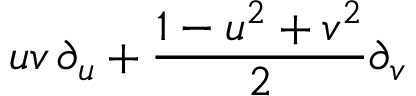
u v \, \partial _ { u } + { \frac { 1 - u ^ { 2 } + v ^ { 2 } } { 2 } } \partial _ { v }